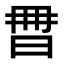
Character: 𣆩